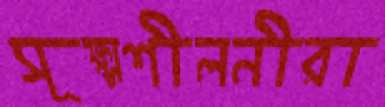
সূক্ষ্মশীলনীরা